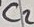
Text: C2